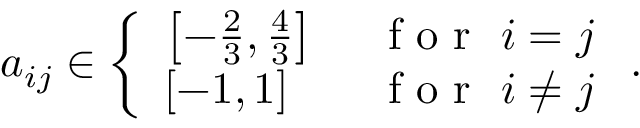
\begin{array} { r } { a _ { i j } \in \left\{ \begin{array} { l l } { \left[ - \frac { 2 } { 3 } , \frac { 4 } { 3 } \right] \ } & { \mathrm { ~ f ~ o ~ r ~ } \ i = j } \\ { \left[ - 1 , 1 \right] \ } & { \mathrm { ~ f ~ o ~ r ~ } \ i \neq j } \end{array} \right. . } \end{array}